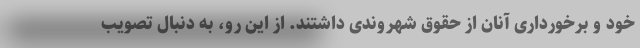
خود و برخورداری آنان از حقوق شهروندی داشتند. از این رو، به دنبال تصویب